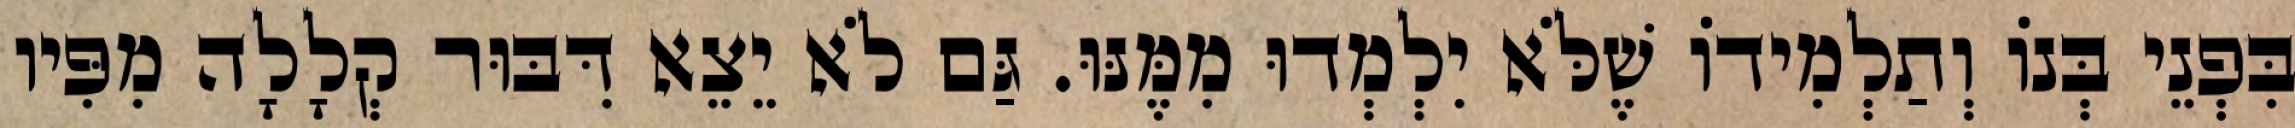
בִּפְנֵי בְּנוֹ וְתַלְמִידוֹ שֶׁלֹּא יִלְמְדוּ מִמֶּנּוּ. גַּם לֹא יֵצֵא דִּבּוּר קְלָלָה מִפִּיו